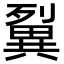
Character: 𤳓